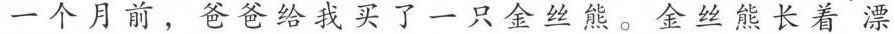
一个月前，爸爸给我买了一只金丝熊。金丝熊长着 漂